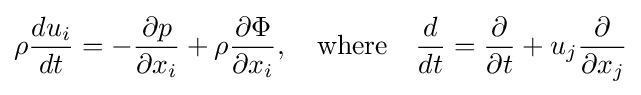
\rho {\frac {du_{i}}{dt}}=-{\frac {\partial p}{\partial x_{i}}}+\rho {\frac {\partial \Phi }{\partial x_{i}}},\quad {\text{where}}\quad {\frac {d}{dt}}={\frac {\partial }{\partial t}}+u_{j}{\frac {\partial }{\partial x_{j}}}